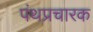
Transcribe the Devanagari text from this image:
पंथप्रचारक